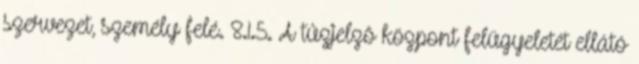
szervezet, személy felé. 8.1.5. A tûzjelzõ központ felügyeletét ellátó